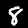
Digit: 8